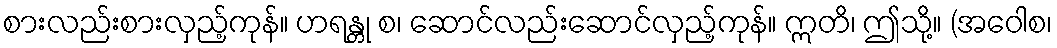
စားလည်းစားလှည့်ကုန်။ ဟရန္တု စ၊ ဆောင်လည်းဆောင်လှည့်ကုန်။ ဣတိ၊ ဤသို့။ (အဝေါစ၊